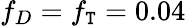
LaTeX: f_{D}=f_{\mathtt{T}}=0.04